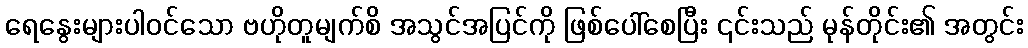
ရေနွေးများပါဝင်သော ဗဟိုတူမျက်စိ အသွင်အပြင်ကို ဖြစ်ပေါ်စေပြီး ၎င်းသည် မုန်တိုင်း၏ အတွင်း